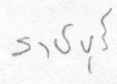
ราชบุรี